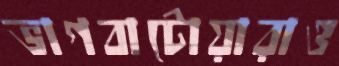
ভাগবাটোয়ারাও